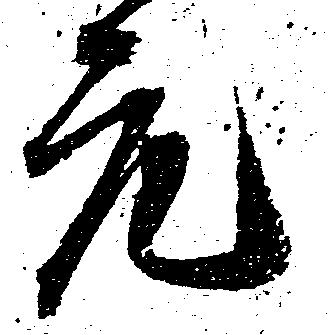
元